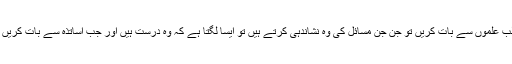
لیکن قصور وار شاید طالب علم اور اساتذہ دونوں میں سے کوئی بھی نہیں کیونکہ جب طالب علموں سے بات کریں تو جن جن مسائل کی وہ نشاندہی کرتے ہیں تو ایسا لگتا ہے کہ وہ درست ہیں اور جب اساتذہ سے بات کریں تو وہ حق بجانب لگتے ہیں تو پھر اصل قصور وار کون ہے اور بہتری کیسے ممکن ہے؟